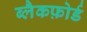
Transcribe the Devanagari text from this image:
ब्लैकफ़ोर्ड